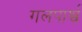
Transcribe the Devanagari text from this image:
गलपार्श्व